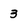
Character: 3